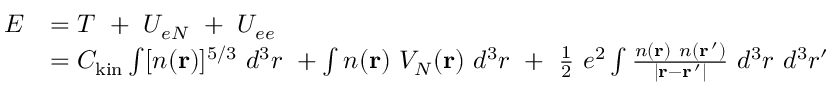
{ \begin{array} { r l } { E } & { = T \ + \ U _ { e N } \ + \ U _ { e e } } \\ & { = C _ { \mathrm { { k i n } } } \int [ n ( \mathbf { r } ) ] ^ { 5 / 3 } \ d ^ { 3 } r \ + \int n ( \mathbf { r } ) \ V _ { N } ( \mathbf { r } ) \ d ^ { 3 } r \ + \ { \frac { 1 } { 2 } } \ e ^ { 2 } \int { \frac { n ( \mathbf { r } ) \ n ( \mathbf { r } \, ^ { \prime } ) } { \left\vert \mathbf { r } - \mathbf { r } \, ^ { \prime } \right\vert } } \ d ^ { 3 } r \ d ^ { 3 } r ^ { \prime } } \end{array} }